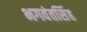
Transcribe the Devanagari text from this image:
भगवंतसिंह